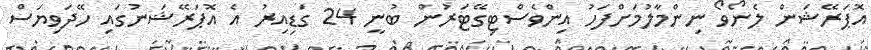
އޮޕަރޭޝަން ލެނޯވޯ ނިންމާލުމަށްފަހު އިންވެސްޓިގޭޓަރުން ބުނީ 24 ގަޑިއިރު އެ އޮޕަރޭޝަނުގައި ހޭދަވިޔަސް